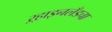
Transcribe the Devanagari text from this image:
ऱ्हाइनलँडचा